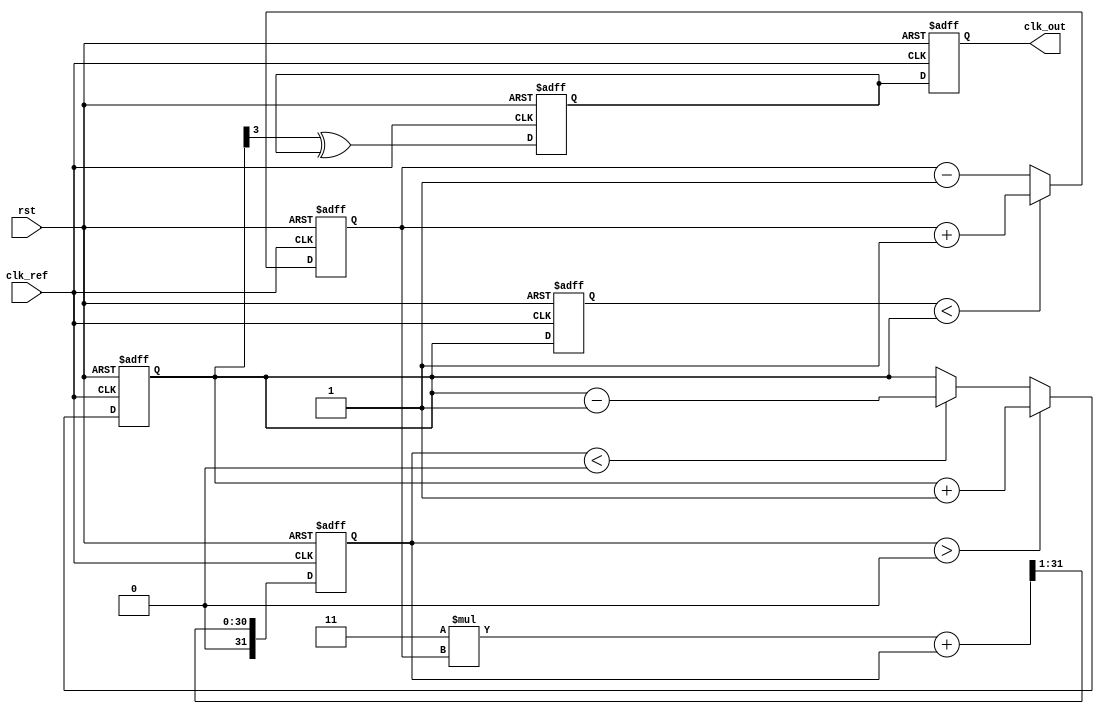
module type2_PLL (
    input wire clk_ref,     // Reference clock input
    input wire rst,         // Reset signal
    output reg clk_out      // Output clock signal
);

    // Parameters
    parameter integer COUNTER_WIDTH = 4; // Width for the feedback counter
    parameter real VCO_MAX_FREQ = 1.0;    // Maximum frequency for VCO
    parameter real VCO_MIN_FREQ = 0.1;     // Minimum frequency for VCO
    parameter integer LPF_COEFF = 3;        // Coefficient for LPF

    // Internal signals
    reg [COUNTER_WIDTH-1:0] vco_count;      // VCO frequency divider
    reg [COUNTER_WIDTH-1:0] feedback_count;  // Feedback counter
    reg [31:0] phase_error;                   // Phase error signal
    reg [31:0] filter_output;                 // Filtered output
    reg vco_enable;                           // VCO enable signal
    reg clk_vco;                              // VCO output clock

    // Phase Detector (PD)
    always @(posedge clk_ref or posedge rst) begin
        if (rst) begin
            phase_error <= 0;
        end else begin
            // Compare phase of reference clock and feedback clock
            if (feedback_count < vco_count) begin // Lags
                phase_error <= phase_error + 1; // Increase error
            end else begin                        // Leads
                phase_error <= phase_error - 1; // Decrease error
            end
        end
    end

    // Low-Pass Filter (LPF)
    always @(posedge clk_ref or posedge rst) begin
        if (rst) begin
            filter_output <= 0;
        end else begin
            filter_output <= (LPF_COEFF * phase_error + filter_output) >> 1; // Simple LPF
        end
    end

    // Voltage-Controlled Oscillator (VCO)
    always @(posedge clk_ref or posedge rst) begin
        if (rst) begin
            vco_count <= 0;
            clk_vco <= 0;
        end else begin
            // Adjust VCO frequency based on filtered output
            if (filter_output > 0) begin
                vco_count <= vco_count + 1; // Increase frequency
            end else if (filter_output < 0) begin
                vco_count <= vco_count - 1; // Decrease frequency
            end
            
            // Generate VCO clock output (simple toggling for example)
            clk_vco <= (vco_count[COUNTER_WIDTH-1] ^ clk_vco);
        end
    end

    // Feedback loop
    always @(posedge clk_ref or posedge rst) begin
        if (rst) begin
            feedback_count <= 0;
            clk_out <= 0;
        end else begin
            // Implement feedback logic (divide by 2 for example)
            feedback_count <= vco_count; // Feedback the current VCO count
            clk_out <= clk_vco;           // Output the VCO clock
        end
    end

endmodule